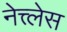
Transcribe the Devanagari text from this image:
नेत्त्लेस